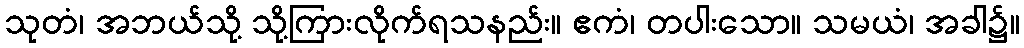
သုတံ၊ အဘယ်သို့ သို့ကြားလိုက်ရသနည်း။ ဧကံ၊ တပါးသော။ သမယံ၊ အခါ၌။